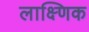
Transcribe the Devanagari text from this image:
लाक्ष्णिक